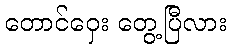
တောင်ဝှေး တွေ့ပြီလား